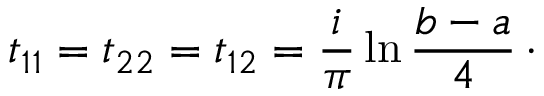
t _ { 1 1 } = t _ { 2 2 } = t _ { 1 2 } = { \frac { i } { \pi } } \ln { \frac { b - a } { 4 } } \, \cdotp